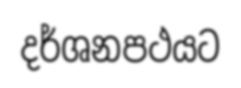
දර්ශනපථයට